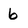
Character: 6